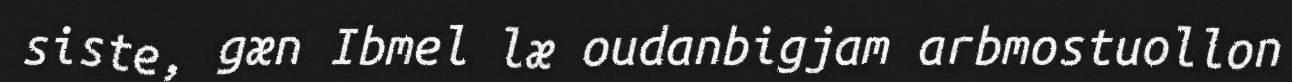
siste, gæn Ibmel læ oudanbigjam arbmostuollon